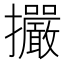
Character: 𢺘